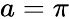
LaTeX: a=\pi